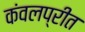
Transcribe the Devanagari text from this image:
कंवलप्रीत